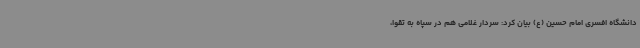
دانشگاه افسری امام حسین (ع) بیان کرد: سردار غلامی هم در سپاه به تقوا،